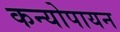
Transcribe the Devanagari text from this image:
कन्योपायन